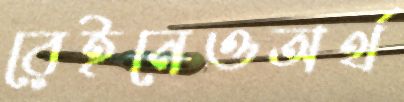
রেইনেওঅর্থ